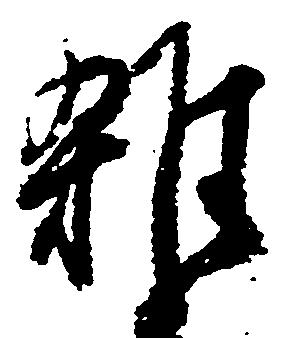
雑